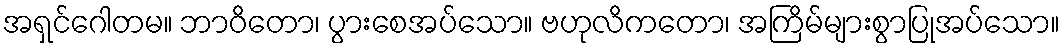
အရှင်ဂေါတမ။ ဘာဝိတော၊ ပွားစေအပ်သော။ ဗဟုလိကတော၊ အကြိမ်များစွာပြုအပ်သော။